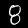
Label: 8